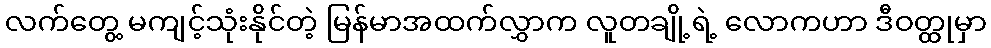
လက်တွေ့ မကျင့်သုံးနိုင်တဲ့ မြန်မာအထက်လွှာက လူတချို့ရဲ့ လောကဟာ ဒီဝတ္ထုမှာ